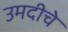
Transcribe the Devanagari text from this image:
उमदीचे